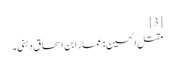
[3]
مقتل الحسین : عمار ابن اسحاق دہنی۔